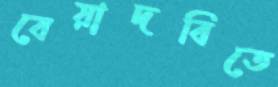
বেয়াদবিতে